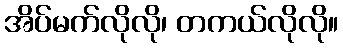
အိပ်မက်လိုလို၊ တကယ်လိုလို။